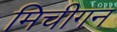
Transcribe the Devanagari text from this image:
मिचीगन